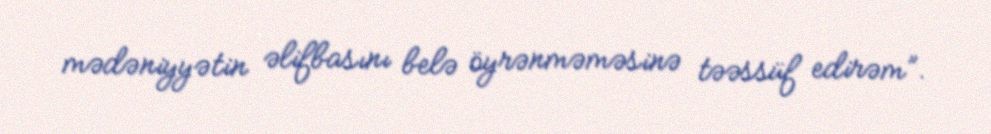
mədəniyyətin əlifbasını belə öyrənməməsinə təəssüf edirəm”.